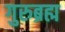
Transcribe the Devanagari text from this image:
गुरुब्रह्म